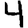
Digit: 4